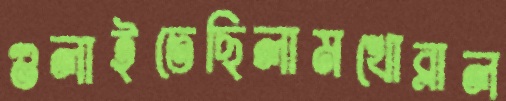
গুলাইতেছিলামখোব্‌লাল